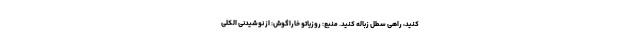
‌کنید، راهی سطل زباله کنید. منبع: روزیاتو خاراگوش: از نوشیدنی الکلی